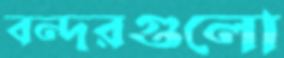
বন্দরগুলো